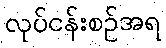
လုပ်ငန်းစဉ်အရ